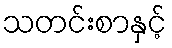
သတင်းစာနှင့်